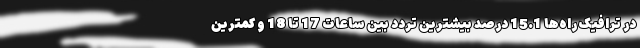
در ترافیک راه‌ها 15.1 درصد بیشترین تردد بین ساعات 17 تا 18 و کمترین